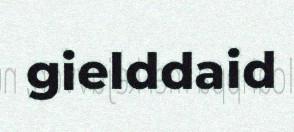
gielddaid